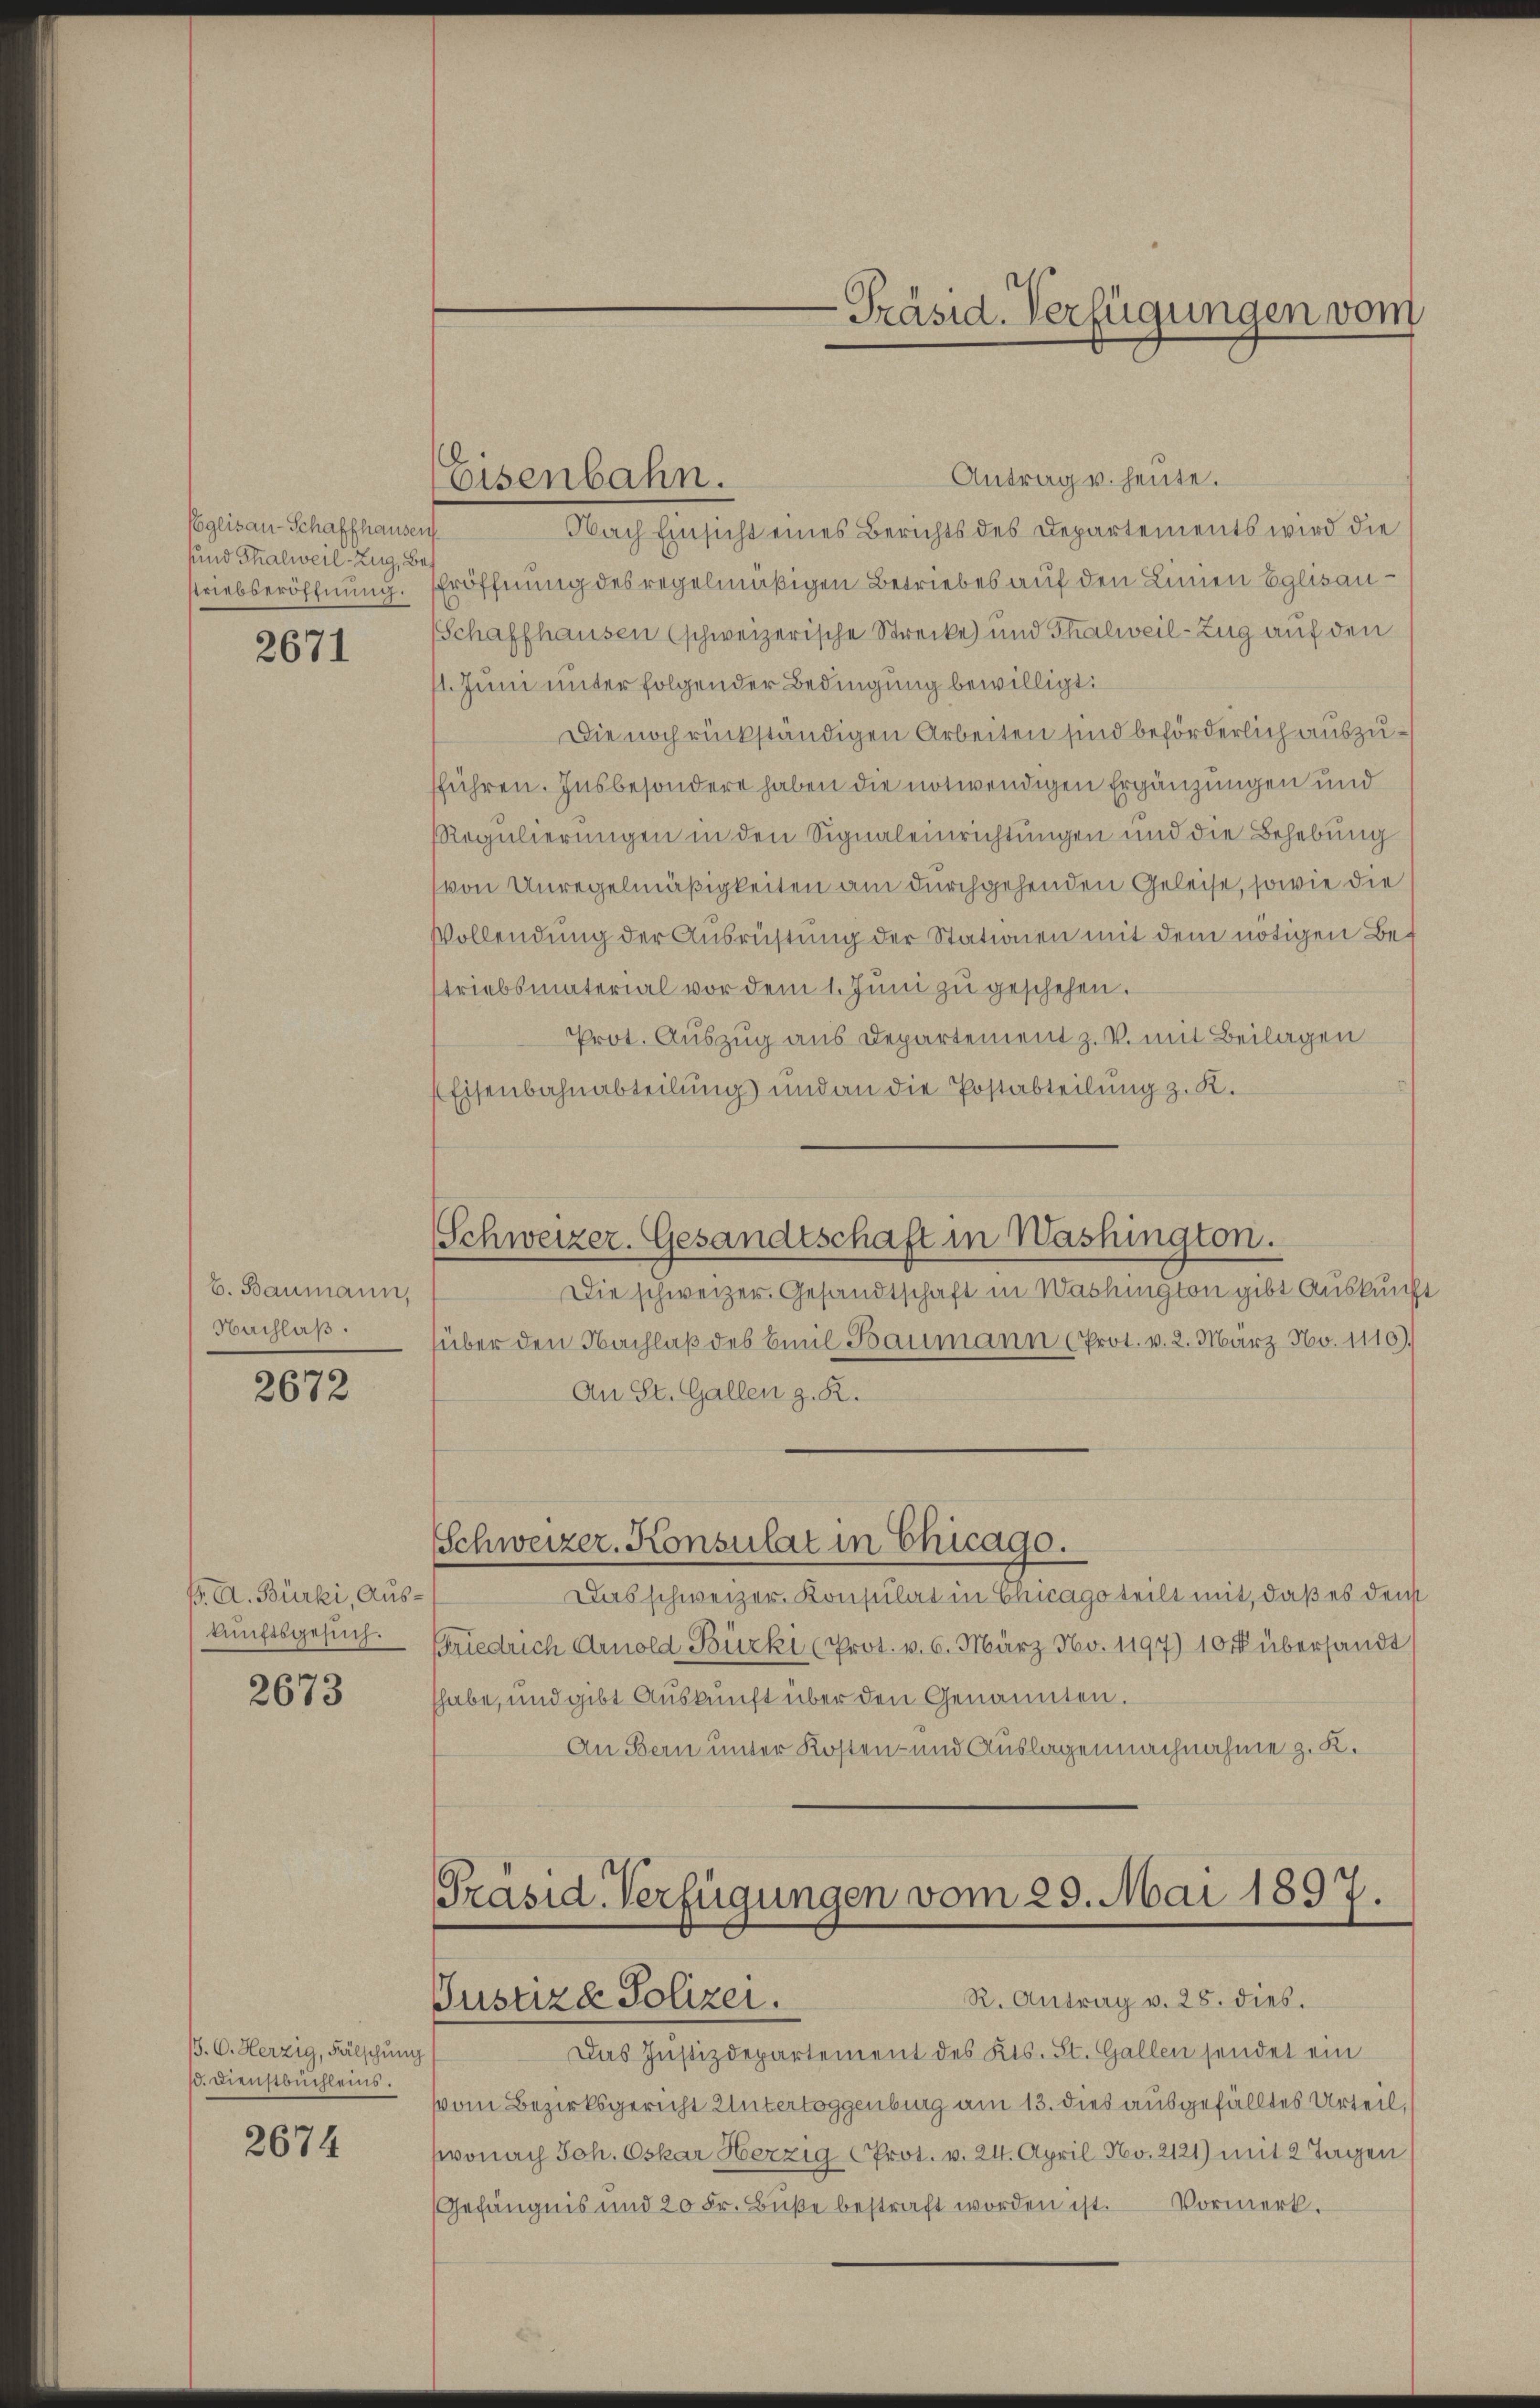
Coglisau-Schaffhausen.
sund Thalweil-Zug, Bes
Triebseröffnung.

2671

b. Baumann,
Nachlaß.

2672

B. A. Bürki, Auskunftsgesuch.

2673

13. C. Herzig, Fälschung
d. Dienstbuchleins.

2674

Antrag u. heute.
Nach Einsicht eines Berichts des Departements wird die
Eröffnung des regelmäßigen Betriebes auf den Linien Eglisau-
Schaffhausen (schweizerische Strecke) und Thalweil-Zug auf den
11. Juni unter folgender Bedingung bewilligt:
Die noch rückständigen Arbeiten sind beförderlich auszufführen. Insbesondere haben die notwendigen Ergänzungen und
Regulierungen in den Signaleinrichtungen und die Behebung
von Unregelmäßigkeiten am durchgehenden Geleise, sowie die
Vollendung der Ausrüstung der Stationen mit dem nötigen Bestriebsmaterial vor dem 1. Juni zŭ geschehen.
Prot. Auszug aus Departement z. V. mit Beilagen
Eisenbahnabteilung und an die Postabteilŭng z. K.

Eisenbahn.

-Präsid. Verfügungen vom

Schweizer-Gesandtschaft in Washington.

Die schweizer. Gesandtschaft in Washington gibt Auskunft
über den Nachlaß des Emil Baumann (Prot. v. 2. März No. 1110)
An St. Gallen z. R.

Schweizer. Konsulat in Chicago.

Präsid. Verfügungen vom 29. Mai 1897.
R. Antrag v. 28. dies.
Pustiza Polizei.

Das Justizdepartement des Kts. St. Gallen sendet ein
vom Bezirksgericht Untertoggenburg am 13. dies ausgefälltes Urteil,
wonach Joh. Oskar Herzig Prot. v. 24. April No. 2121) mit 2 Tagen
Gefängnis und 20 Fr. Bŭβe bestraft worden ist. Vormerk.

Das schweizer. Konsulat in Chicago teilt mit, daß es den
sriedrich Arnold Bürki (Prot. v. 6. März No. 1197) 10 x übersandt
habe, und gibt Auskunft über den Genannten.
An Bern unter Kosten- und Auslagen nachnahme z. K.